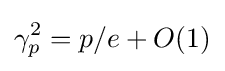
\gamma _{p}^{2}=p/e+O(1)